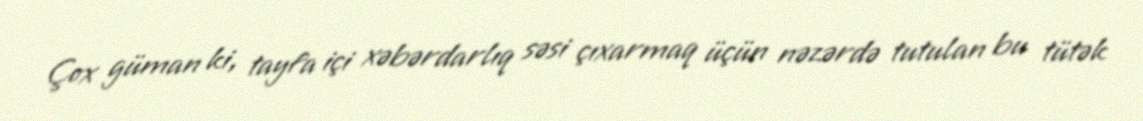
Çox güman ki, tayfa içi xəbərdarlıq səsi çıxarmaq üçün nəzərdə tutulan bu tütək